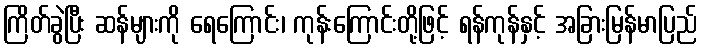
ကြိတ်ခွဲပြီး ဆန်များကို ရေကြောင်း၊ ကုန်းကြောင်းတို့ဖြင့် ရန်ကုန်နှင့် အခြားမြန်မာပြည်